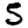
Digit: 5